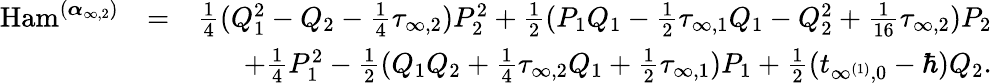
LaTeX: \begin{array}{rlr}{\mathrm{Ham}^{(\boldsymbol{\alpha}_{{\infty,2}})}}&{=}&{\frac{1}{4}(Q_{1}^{2}-Q_{2}-\frac{1}{4}\tau_{\infty,2})P_{2}^{2}+\frac{1}{2}(P_{1}Q_{1}-\frac{1}{2}\tau_{\infty,1}Q_{1}-Q_{2}^{2}+\frac{1}{16}\tau_{\infty,2})P_{2}}\\ &{}&{+\frac{1}{4}P_{1}^{2}-\frac{1}{2}(Q_{1}Q_{2}+\frac{1}{4}\tau_{\infty,2}Q_{1}+\frac{1}{2}\tau_{\infty,1})P_{1}+\frac{1}{2}(t_{\infty^{(1)},0}-\hbar)Q_{2}.}\end{array}